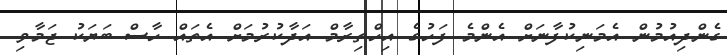
ގެންދިއުމުން އެމަނިކުފާނަށް އެންމެ ފަހުގެ އިހްތިރާމް އަދާކުރުމަށް އެތައް ހާސް ބަޔަކު ޖަމާވި